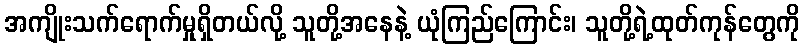
အကျိုးသက်ရောက်မှုရှိတယ်လို့ သူတို့အနေနဲ့ ယုံကြည်ကြောင်း၊ သူတို့ရဲ့ထုတ်ကုန်တွေကို